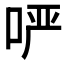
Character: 𫪂